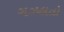
ગઝલતો